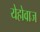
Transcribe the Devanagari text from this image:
येहोवाज